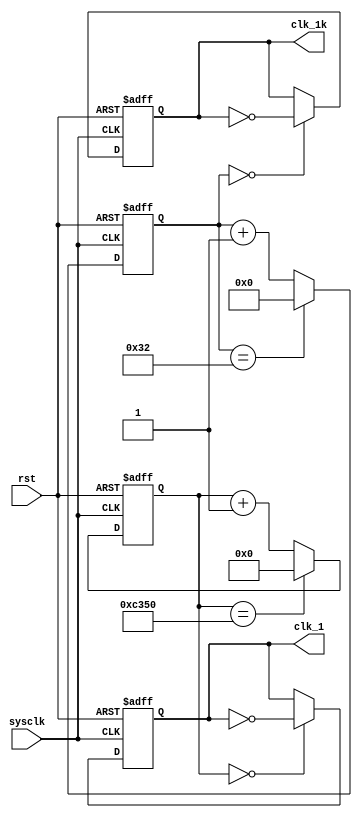
`timescale 1ns / 1ps

module clockgenerator(
input sysclk,
input rst,
output reg clk_1,
output reg clk_1k
    );
reg [25:0] count_1;
reg [15:0] count_1k;
always @(posedge sysclk or negedge rst) begin
    if (~rst) begin
        clk_1 <= 0;
        count_1 <= 0;
    end
    else begin
        if (count_1==0) begin
            clk_1 <= ~clk_1;
        end
        count_1 <= count_1 + 26'd1;
        if (count_1==26'd50_000) begin
            count_1 <= 0;
        end
    end
end
always @(posedge sysclk or negedge rst) begin
    if (~rst) begin
        clk_1k <= 0;
        count_1k <= 0;
    end
    else begin
        if (count_1k==0) begin
            clk_1k <= ~clk_1k;
        end
        count_1k <= count_1k + 16'd1;
        if (count_1k==16'd50) begin
            count_1k <= 0;
        end
    end
end

endmodule